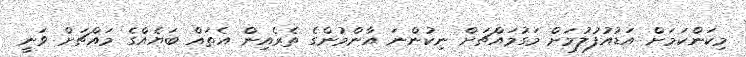
މިކަންކަމަށް އަޑުއުފުލުމަށް މަގުމައްޗަށް ނިކުންނަ އާންމުންގެ ތެރެއިން އެތައް ބަޔެއްގެ މައްޗަށް ވަނީ